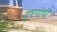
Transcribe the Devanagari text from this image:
वृषणांची